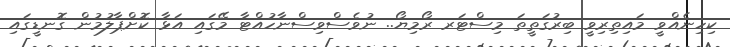
ކިހިނެއްވީ މައިތިރިވީ ބިރުގަތީތަ މިސްޓަރ ރޯމިޔޯ.. ނުވެސްވިސްނާހުއްޓާ މޭގައި އަޅާ ކޮށްޕާލުމުން ގޮނޑީގައި